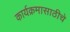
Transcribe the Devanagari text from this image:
कार्यक्रमासाठीचे